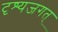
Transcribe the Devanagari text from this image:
दृश्यजगत्